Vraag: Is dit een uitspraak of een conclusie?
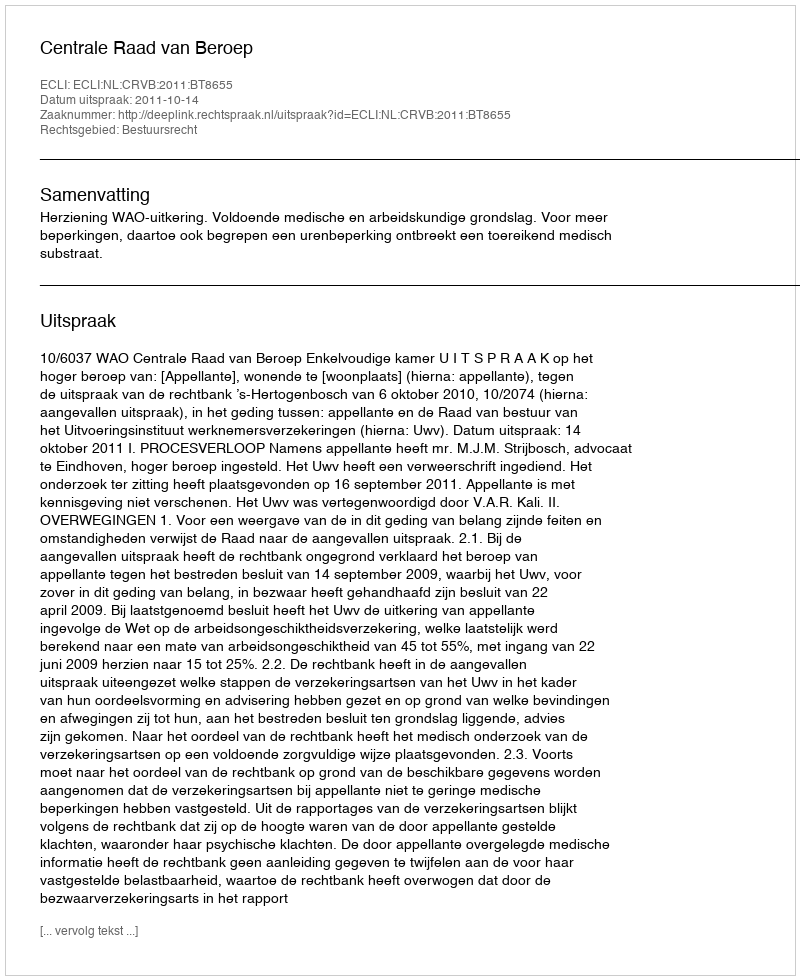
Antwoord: Uitspraak